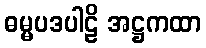
ဓမ္မပဒပါဠိ အဋ္ဌကထာ